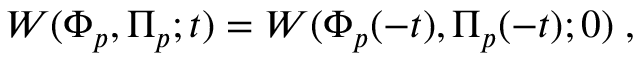
W ( \Phi _ { p } , \Pi _ { p } ; t ) = W ( \Phi _ { p } ( - t ) , \Pi _ { p } ( - t ) ; 0 ) \; ,